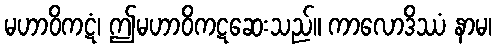
မဟာဝိကဋံ၊ ဤမဟာဝိကဋဆေးသည်။ ကာလောဒိဿံ နာမ၊